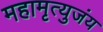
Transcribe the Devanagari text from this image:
महामृत्युजंय